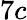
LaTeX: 7c